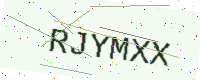
Text: RJYMXX